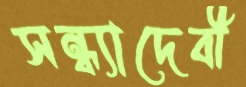
সন্ধ্যাদেবী